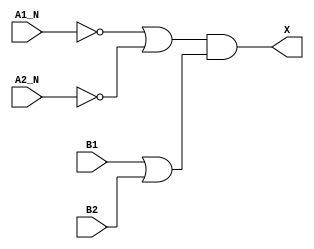
`timescale 1ps/1ps
module cell_o2bb2a
(
    input wire A1_N,
    input wire A2_N,
    input wire B1,
    input wire B2,
    output wire X
);
    assign X = ((!A1_N | !A2_N) & (B1 | B2));
endmodule